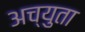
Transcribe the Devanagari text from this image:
अच्युता